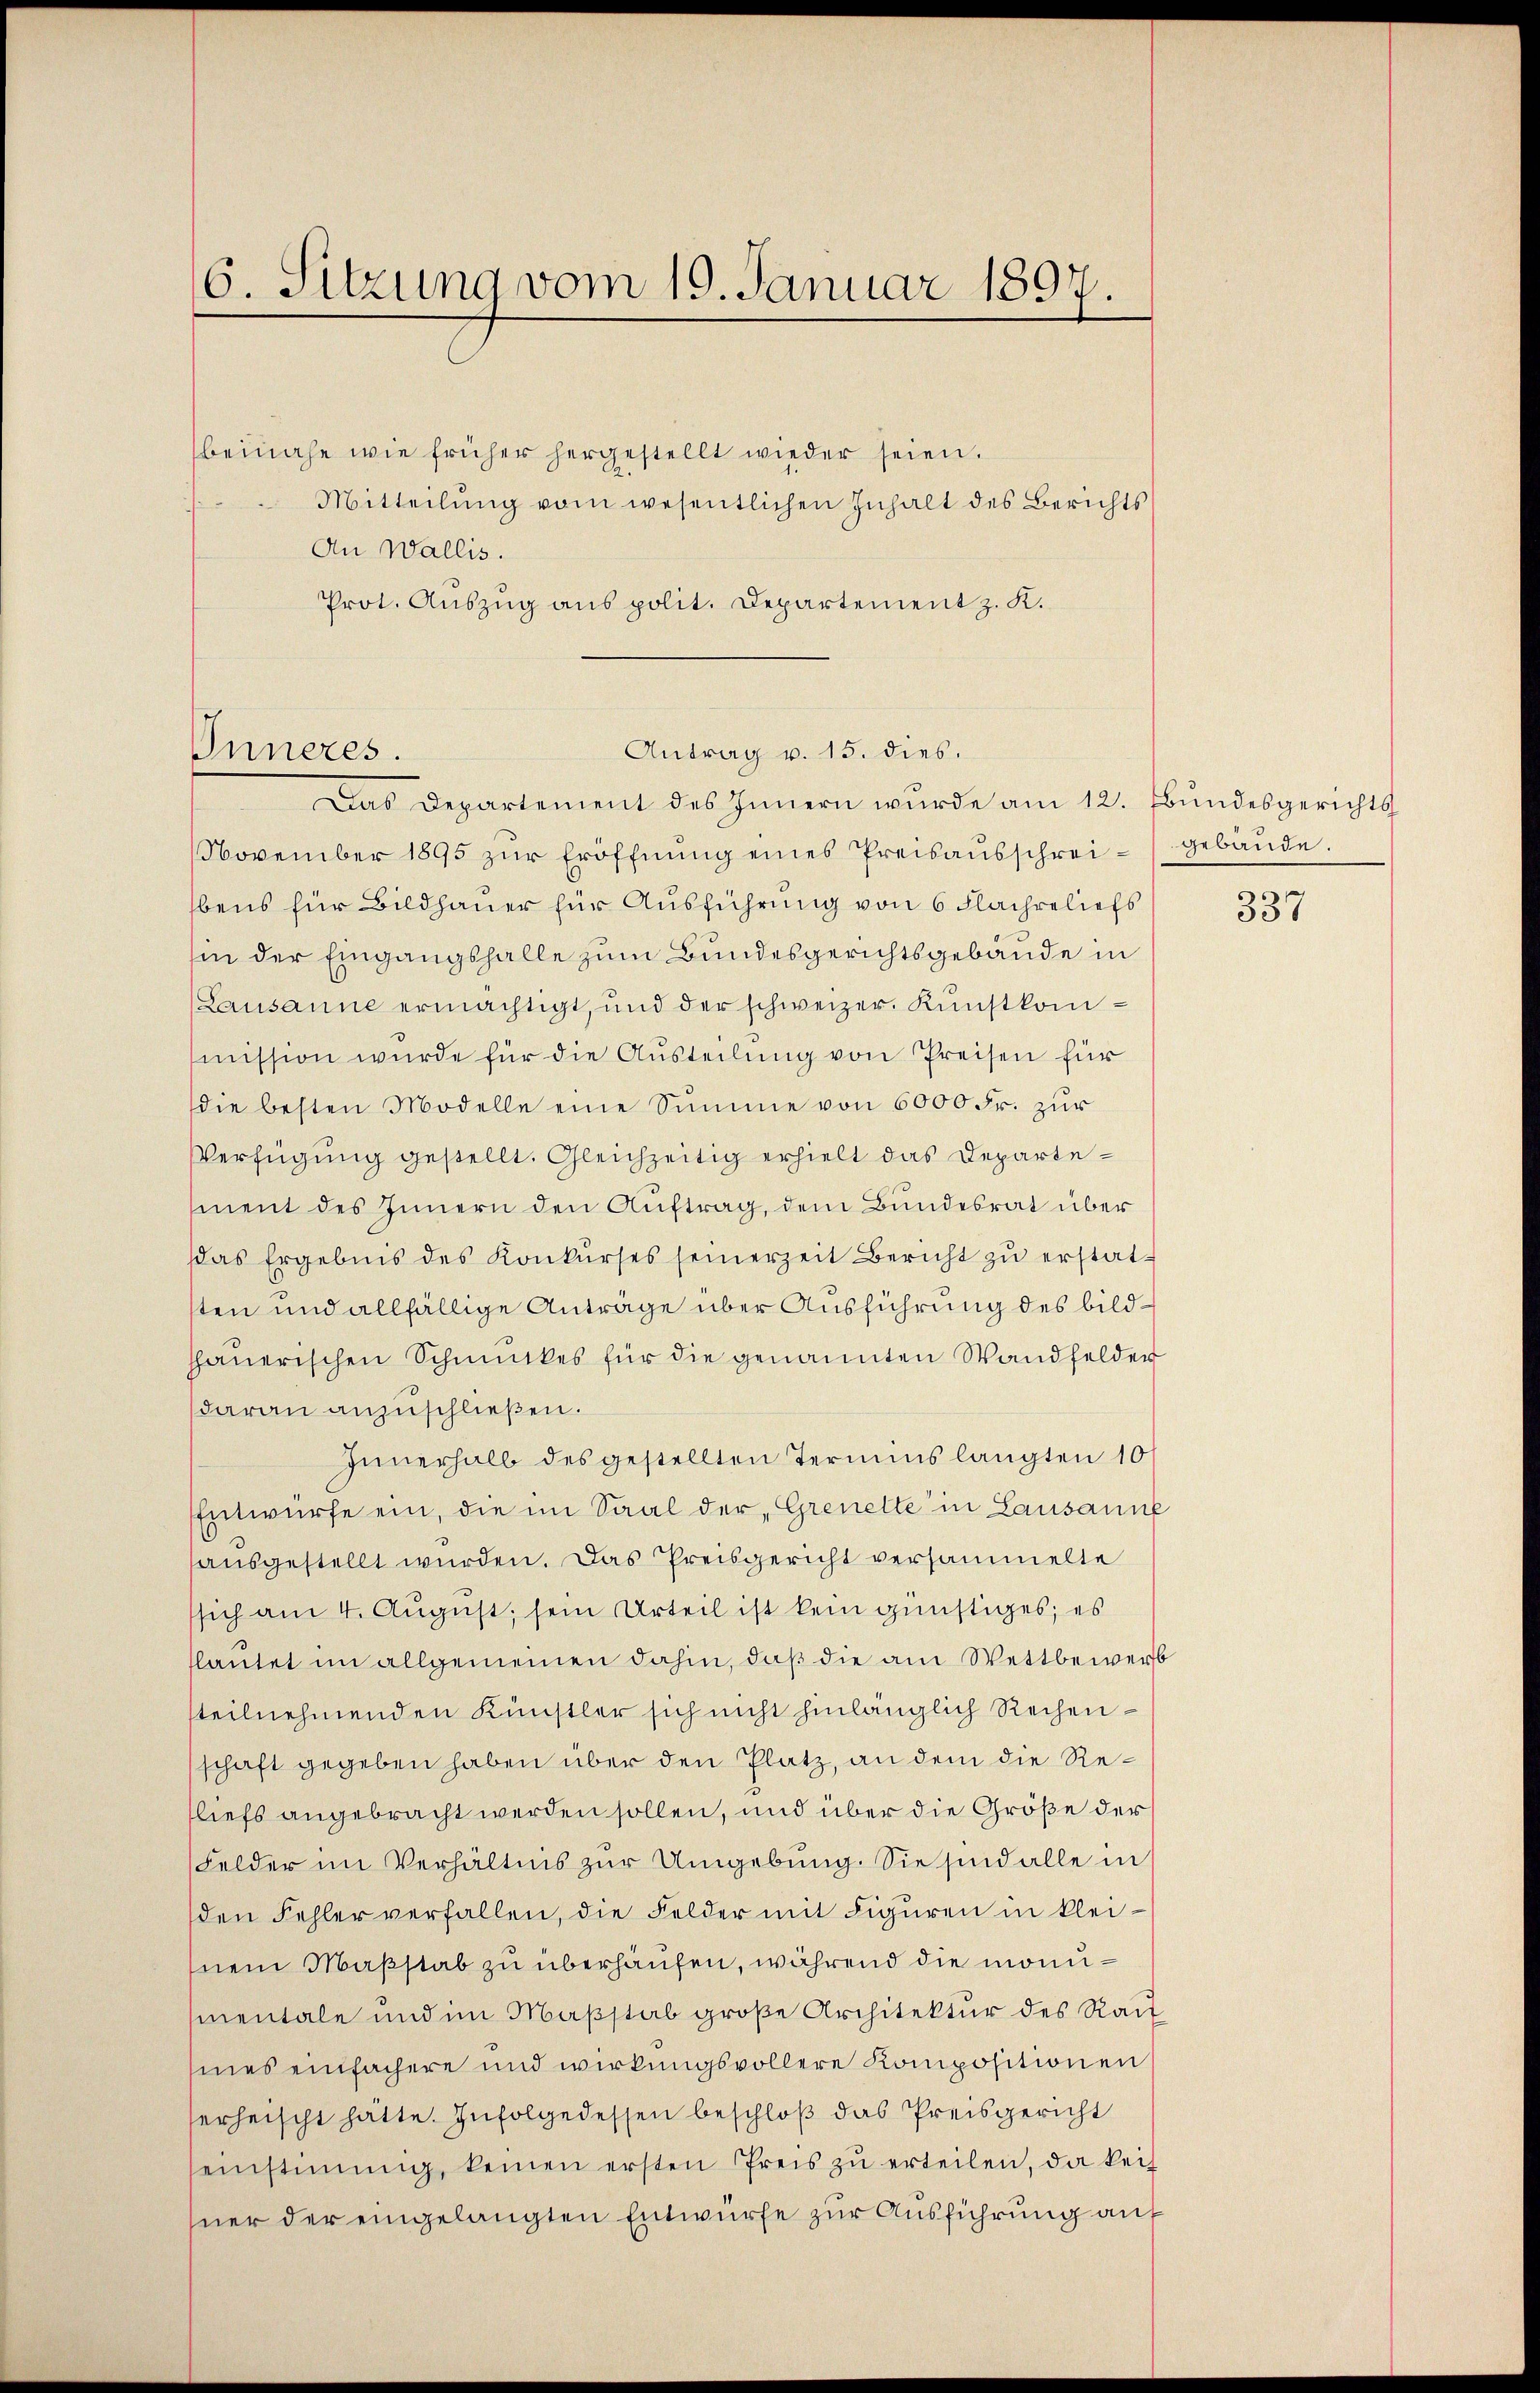
6. Sitzung vom 19. Januar 1897.

beinahe wie früher hergestellt wieder seien.
Mitteilŭng vom wesentlichen Inhalt des Berichts
An Wallis.
Prot. Auszug aus polit. Departement z. K.
November 1895 zŭr Eröffnŭng eines Preisaŭsschrei- gebäŭde.
bens für Bildhauer für Ausführung von 6 Flachseliefs
hin der Eingangshalle zum Bundesgerichtsgebäude in
Lausanne ermächtigt, und der schweizer. Kunstkommission wurde für die Aŭsteilung von Preisen für
die besten Modelle eine Summe von 6000 Fr. zur
Verfügung gestellt. Gleichzeitig erhielt das Departement des Innern den Auftrag, dem Bundesrat über
das Ergebnis des Konkŭrses seinerzeit Bericht zŭ erstatsten und allfällige Anträge über Ausführung des bildchaŭerischen Schmuckes für die genannten Wandfelder
daran anzuschließen.
Innerhalb des gestellten Termins langten 10
Entwurfe ein, die im Saal der Grenelte in Lausanne
ausgestellt wurden. Das Preisgericht versammelte
sich am 4. August, sein Urteil ist kein günstiges, es
flautet im allgemeinen dahin, daß die am Wettbewerb
steilnehmenden Künstler sich nicht hinlänglich Rechenschaft gegeben haben über den Platz, an dem die Reliefs angebracht werden sollen, und über die Größe der
Felder im Verhältnis zur Umgebung. Sie sind alle in
den Fehler verfallen, die Felder mit Figuren in kleinem Maßstab zu überhaufen, während die monumentale und im Maßstab große Architektur des Raumes einfachere und wirkungsvollere Kompositionen
herheischt hätte. Infolgedessen beschloß das Preisgericht
seinstimmig, keinen ersten Preis zŭ erteilen, da keiner der eingelangten Entwürfe zur Ausführung auf

Inneres.

Antrag v. 15. dies.
Das Departement des Innern wurde am 12. Bundesgerichts

337